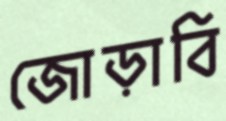
জোড়াবি